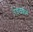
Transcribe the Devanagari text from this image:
रेंडलशाम